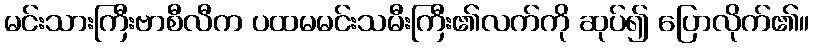
မင်းသားကြီးဗာစီလီက ပထမမင်းသမီးကြီး၏လက်ကို ဆုပ်၍ ပြောလိုက်၏။